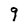
Character: 9